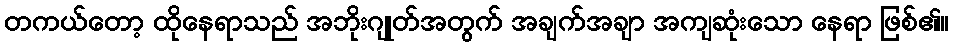
တကယ်တော့ ထိုနေရာသည် အဘိုးဂျုတ်အတွက် အချက်အချာ အကျဆုံးသော နေရာ ဖြစ်၏။